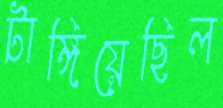
টাঙ্গিয়েছিল